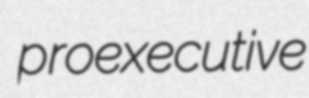
proexecutive